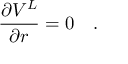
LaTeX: { \frac { \partial V ^ { L } } { \partial r } } = 0 ~ ~ ~ .